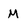
Character: M